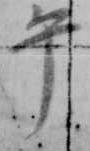
午